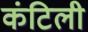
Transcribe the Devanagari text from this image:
कंटिली